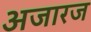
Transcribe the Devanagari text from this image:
अजारज